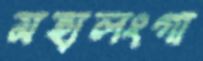
মহালংগা